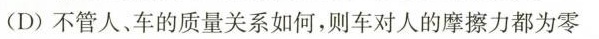
(D)不管人、车的质量关系如何，则车对人的摩擦力都为零